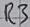
Text: R3